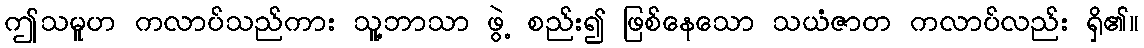
ဤသမူဟ ကလာပ်သည်ကား သူ့ဘာသာ ဖွဲ့ စည်း၍ ဖြစ်နေသော သယံဇာတ ကလာပ်လည်း ရှိ၏။